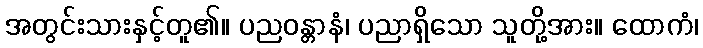
အတွင်းသားနှင့်တူ၏။ ပညဝန္တာနံ၊ ပညာရှိသော သူတို့အား။ ထောကံ၊